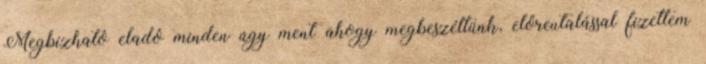
Megbízható eladó minden úgy ment ahogy megbeszéltünk, előreutalással fizettem